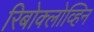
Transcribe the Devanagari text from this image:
रिबोक्लोव्हिन